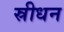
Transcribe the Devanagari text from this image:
स्रीधन